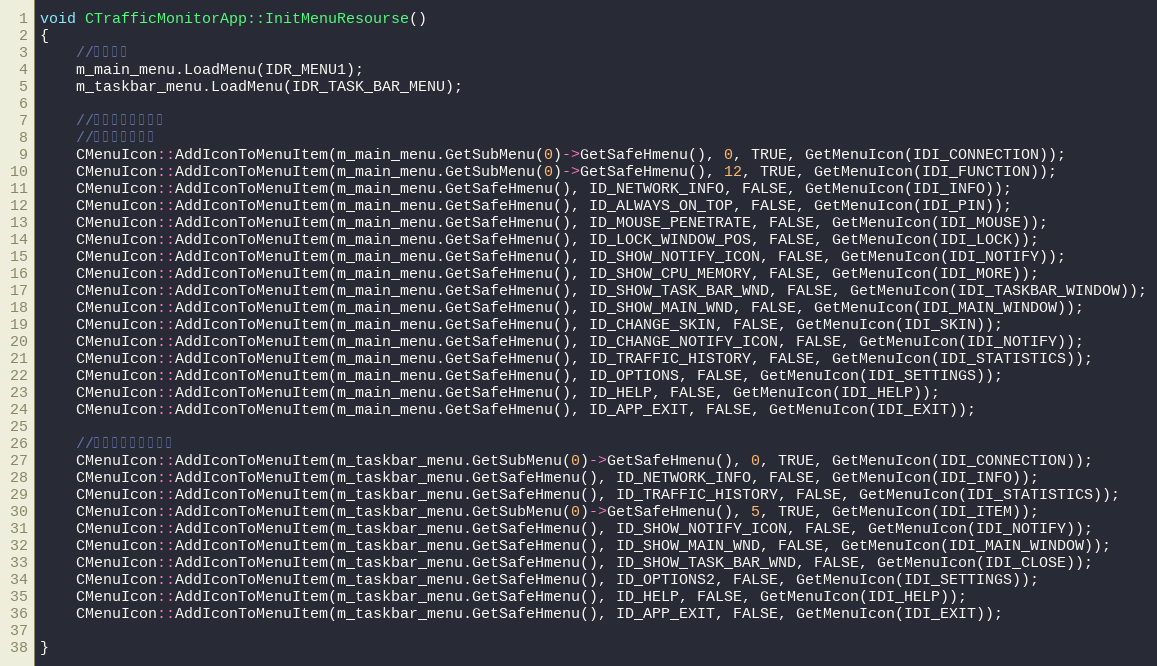
Language: C++
void CTrafficMonitorApp::InitMenuResourse()
{
    //载入菜单
    m_main_menu.LoadMenu(IDR_MENU1);
    m_taskbar_menu.LoadMenu(IDR_TASK_BAR_MENU);

    //为菜单项添加图标
    //主窗口右键菜单
    CMenuIcon::AddIconToMenuItem(m_main_menu.GetSubMenu(0)->GetSafeHmenu(), 0, TRUE, GetMenuIcon(IDI_CONNECTION));
    CMenuIcon::AddIconToMenuItem(m_main_menu.GetSubMenu(0)->GetSafeHmenu(), 12, TRUE, GetMenuIcon(IDI_FUNCTION));
    CMenuIcon::AddIconToMenuItem(m_main_menu.GetSafeHmenu(), ID_NETWORK_INFO, FALSE, GetMenuIcon(IDI_INFO));
    CMenuIcon::AddIconToMenuItem(m_main_menu.GetSafeHmenu(), ID_ALWAYS_ON_TOP, FALSE, GetMenuIcon(IDI_PIN));
    CMenuIcon::AddIconToMenuItem(m_main_menu.GetSafeHmenu(), ID_MOUSE_PENETRATE, FALSE, GetMenuIcon(IDI_MOUSE));
    CMenuIcon::AddIconToMenuItem(m_main_menu.GetSafeHmenu(), ID_LOCK_WINDOW_POS, FALSE, GetMenuIcon(IDI_LOCK));
    CMenuIcon::AddIconToMenuItem(m_main_menu.GetSafeHmenu(), ID_SHOW_NOTIFY_ICON, FALSE, GetMenuIcon(IDI_NOTIFY));
    CMenuIcon::AddIconToMenuItem(m_main_menu.GetSafeHmenu(), ID_SHOW_CPU_MEMORY, FALSE, GetMenuIcon(IDI_MORE));
    CMenuIcon::AddIconToMenuItem(m_main_menu.GetSafeHmenu(), ID_SHOW_TASK_BAR_WND, FALSE, GetMenuIcon(IDI_TASKBAR_WINDOW));
    CMenuIcon::AddIconToMenuItem(m_main_menu.GetSafeHmenu(), ID_SHOW_MAIN_WND, FALSE, GetMenuIcon(IDI_MAIN_WINDOW));
    CMenuIcon::AddIconToMenuItem(m_main_menu.GetSafeHmenu(), ID_CHANGE_SKIN, FALSE, GetMenuIcon(IDI_SKIN));
    CMenuIcon::AddIconToMenuItem(m_main_menu.GetSafeHmenu(), ID_CHANGE_NOTIFY_ICON, FALSE, GetMenuIcon(IDI_NOTIFY));
    CMenuIcon::AddIconToMenuItem(m_main_menu.GetSafeHmenu(), ID_TRAFFIC_HISTORY, FALSE, GetMenuIcon(IDI_STATISTICS));
    CMenuIcon::AddIconToMenuItem(m_main_menu.GetSafeHmenu(), ID_OPTIONS, FALSE, GetMenuIcon(IDI_SETTINGS));
    CMenuIcon::AddIconToMenuItem(m_main_menu.GetSafeHmenu(), ID_HELP, FALSE, GetMenuIcon(IDI_HELP));
    CMenuIcon::AddIconToMenuItem(m_main_menu.GetSafeHmenu(), ID_APP_EXIT, FALSE, GetMenuIcon(IDI_EXIT));

    //任务栏窗口右键菜单
    CMenuIcon::AddIconToMenuItem(m_taskbar_menu.GetSubMenu(0)->GetSafeHmenu(), 0, TRUE, GetMenuIcon(IDI_CONNECTION));
    CMenuIcon::AddIconToMenuItem(m_taskbar_menu.GetSafeHmenu(), ID_NETWORK_INFO, FALSE, GetMenuIcon(IDI_INFO));
    CMenuIcon::AddIconToMenuItem(m_taskbar_menu.GetSafeHmenu(), ID_TRAFFIC_HISTORY, FALSE, GetMenuIcon(IDI_STATISTICS));
    CMenuIcon::AddIconToMenuItem(m_taskbar_menu.GetSubMenu(0)->GetSafeHmenu(), 5, TRUE, GetMenuIcon(IDI_ITEM));
    CMenuIcon::AddIconToMenuItem(m_taskbar_menu.GetSafeHmenu(), ID_SHOW_NOTIFY_ICON, FALSE, GetMenuIcon(IDI_NOTIFY));
    CMenuIcon::AddIconToMenuItem(m_taskbar_menu.GetSafeHmenu(), ID_SHOW_MAIN_WND, FALSE, GetMenuIcon(IDI_MAIN_WINDOW));
    CMenuIcon::AddIconToMenuItem(m_taskbar_menu.GetSafeHmenu(), ID_SHOW_TASK_BAR_WND, FALSE, GetMenuIcon(IDI_CLOSE));
    CMenuIcon::AddIconToMenuItem(m_taskbar_menu.GetSafeHmenu(), ID_OPTIONS2, FALSE, GetMenuIcon(IDI_SETTINGS));
    CMenuIcon::AddIconToMenuItem(m_taskbar_menu.GetSafeHmenu(), ID_HELP, FALSE, GetMenuIcon(IDI_HELP));
    CMenuIcon::AddIconToMenuItem(m_taskbar_menu.GetSafeHmenu(), ID_APP_EXIT, FALSE, GetMenuIcon(IDI_EXIT));

}